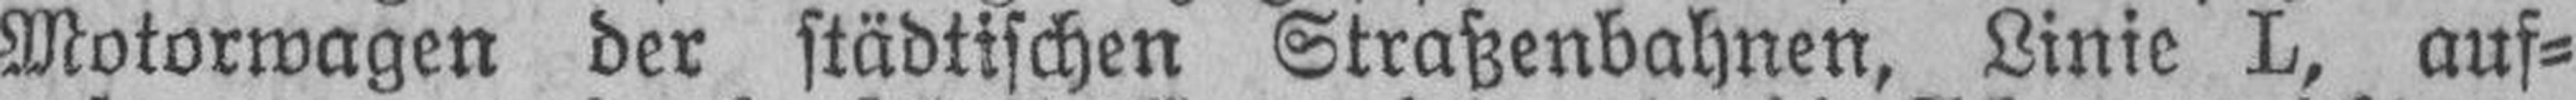
Motorwagen der städtischen Straßenbahnen, Linie L, auf¬